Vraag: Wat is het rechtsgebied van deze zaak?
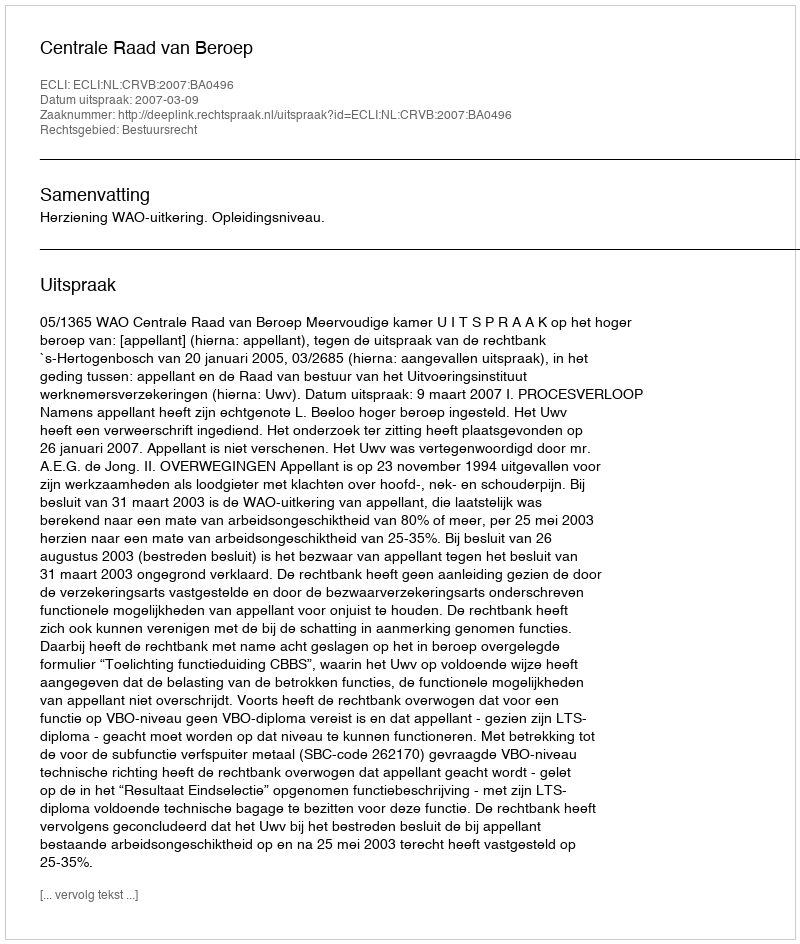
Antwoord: Bestuursrecht